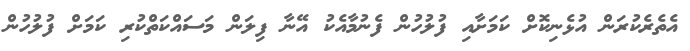
އެތެރެކުރަން އުޅެނިކޮށް ކަމަށާއި ފުލުހުން ފެނުމާއެކު އޭނާ ފިލަން މަސައްކަތްކުރި ކަމަށް ފުލުހުން